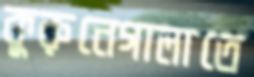
কুরুনেগালাতে